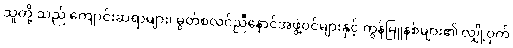
သူတို့ သည် ကျောင်းဆရာများ၊ မွတ်စလင်ညီနောင်အဖွဲ့ဝင်များနှင့် ကွန်မြူနစ်များ၏ လျှို့ဝှက်